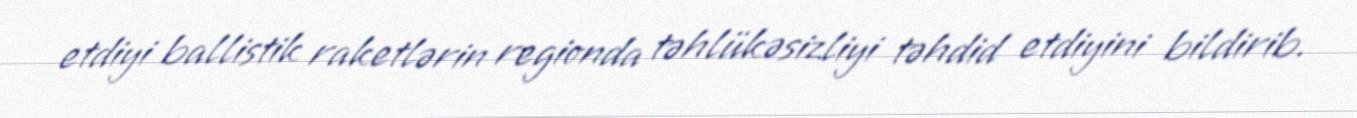
etdiyi ballistik raketlərin regionda təhlükəsizliyi təhdid etdiyini bildirib.